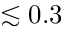
\lesssim 0 . 3